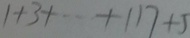
1 + 3 + \cdots + 1 1 7 + 5